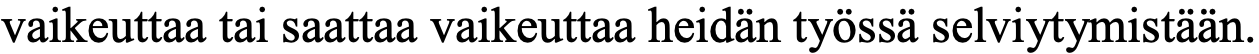
vaikeuttaa tai saattaa vaikeuttaa heidän työssä selviytymistään.